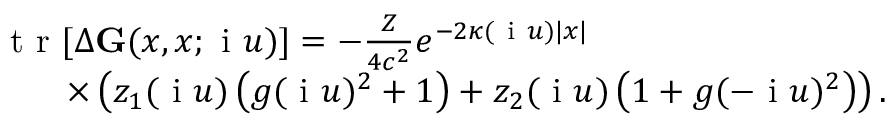
\begin{array} { r } { \mathrm { ~ t ~ r ~ } [ \Delta \ensuremath { \mathbf { G } } ( x , x ; \ensuremath { \mathrm { ~ i ~ } } u ) ] = - \frac { Z } { 4 c ^ { 2 } } e ^ { - 2 \kappa ( \ensuremath { \mathrm { ~ i ~ } } u ) | x | } \phantom { x x x x x x x x x x x x x x x } } \\ { \times \left( z _ { 1 } ( \ensuremath { \mathrm { ~ i ~ } } u ) \left( g ( \ensuremath { \mathrm { ~ i ~ } } u ) ^ { 2 } + 1 \right) + z _ { 2 } ( \ensuremath { \mathrm { ~ i ~ } } u ) \left( 1 + g ( - \ensuremath { \mathrm { ~ i ~ } } u ) ^ { 2 } \right) \right) . } \end{array}